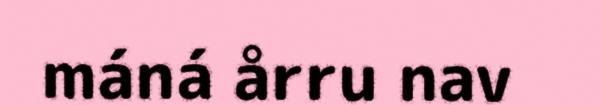
máná årru nav